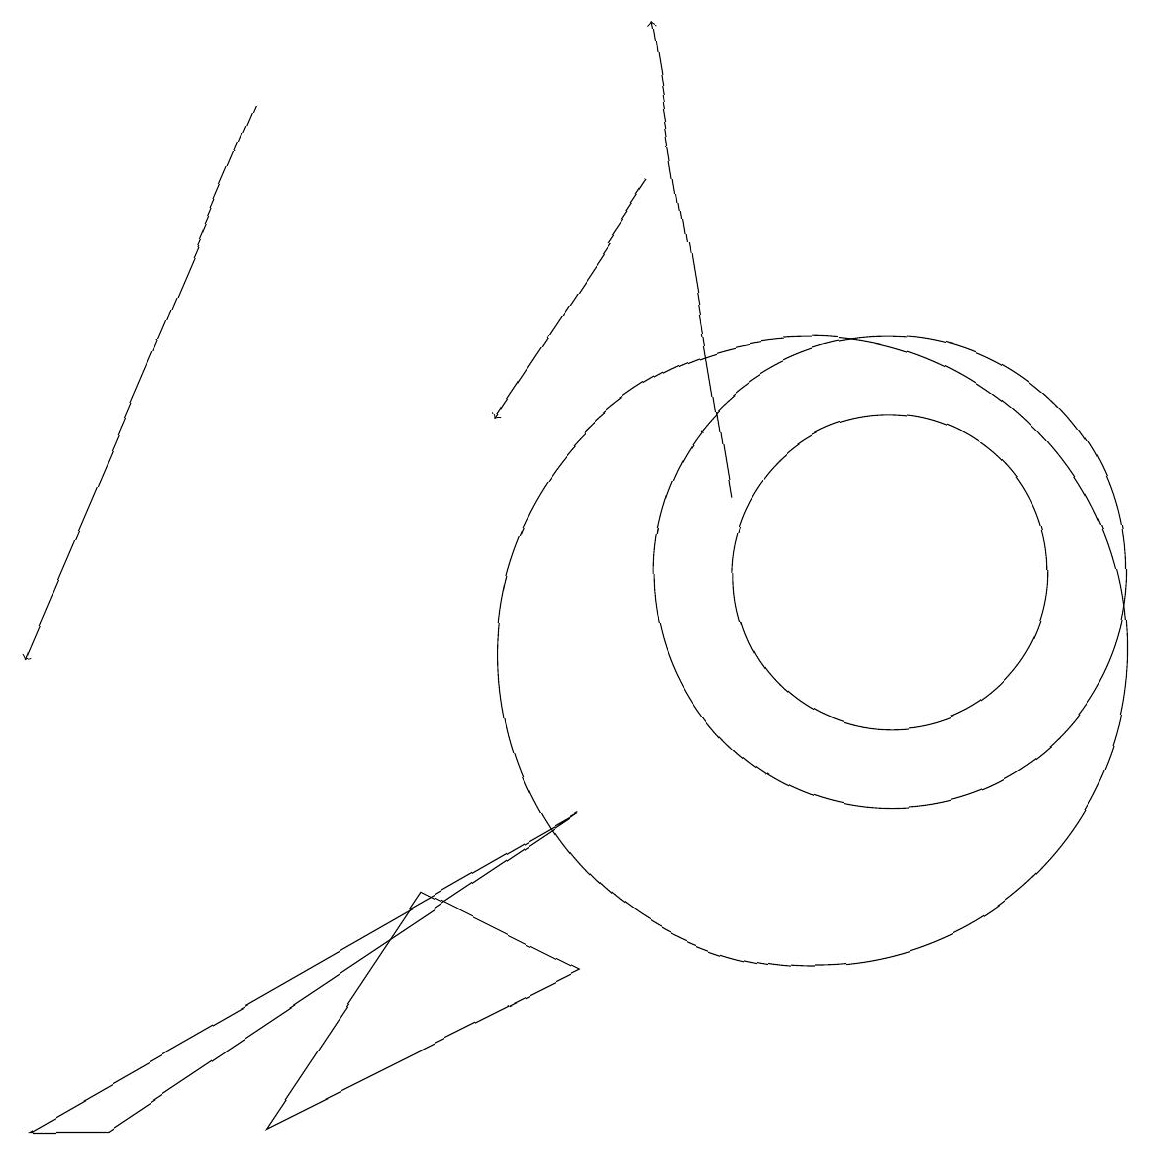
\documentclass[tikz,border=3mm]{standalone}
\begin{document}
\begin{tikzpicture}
\draw (0,4) -- (1,4) -- (7,8) -- cycle;
\draw (11,11) circle (3);
\draw[->] (9,12) -- (8,18);
\draw (11,11) circle (2);
\draw (10,10) circle (4);
\draw (7,6) -- (5,7) -- (3,4) -- cycle;
\draw[->] (3,17) -- (0,10);
\draw[->] (8,16) -- (6,13);
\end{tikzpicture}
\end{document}